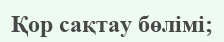
Қор сақтау бөлімі;